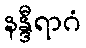
နန္ဒီရာဂံ